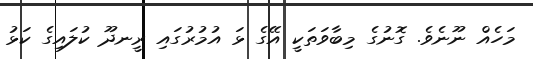
މަހެއް ނޫނެވެ. ގޮނުގެ މިބާވަތަކީ އޭގެ ޅަ އުމުރުގައި ރީނދޫ ކުލައިގެ ކަޅު